Scottish Certificate of Education, 1963
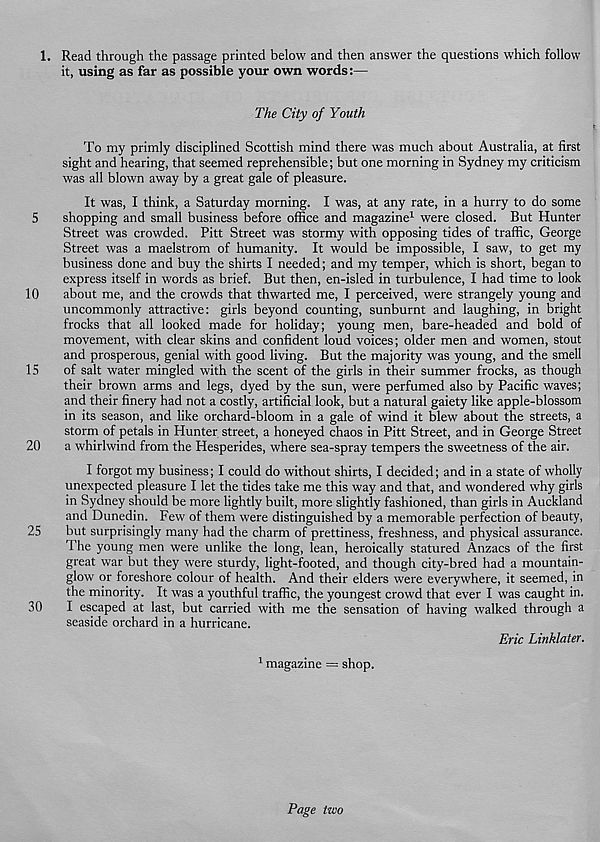
1. Read through the passage printed below and then answer the questions which follow
it, using as far as possible your own words:—
The City of Youth
To my primly disciplined Scottish mind there was much about Australia, at first
sight and hearing, that seemed reprehensible; but one morning in Sydney my criticism
was all blown away by a great gale of pleasure.
It was, I think, a Saturday morning. I was, at any rate, in a hurry to do some
5
shopping and small business before office and magazine 1 were closed. But Hunter
Street was crowded. Pitt Street was stormy with opposing tides of traffic, George
Street was a maelstrom of humanity. It would be impossible, I saw, to get my
business done and buy the shirts I needed; and my temper, which is short, began to
express itself in words as brief. But then, en-isled in turbulence, I had time to look
10
about me, and the crowds that thwarted me, I perceived, were strangely young and
uncommonly attractive: girls beyond counting, sunburnt and laughing, in bright
frocks that all looked made for holiday; young men, bare-headed and bold of
movement, with clear skins and confident loud voices; older men and women, stout
and prosperous, genial with good living. But the majority was young, and the smell
15
of salt water mingled with the scent of the girls in their summer frocks, as though
their brown arms and legs, dyed by the sun, were perfumed also by Pacific waves;
and their finery had not a costly, artificial look, but a natural gaiety like apple-blossom
in its season, and like orchard-bloom in a gale of wind it blew about the streets, a
storm of petals in Hunter street, a honeyed chaos in Pitt Street, and in George Street
20
a whirlwind from the Hesperides, where sea-spray tempers the sweetness of the air.
I forgot my business; I could do without shirts, I decided; and in a state of wholly
unexpected pleasure I let the tides take me this way and that, and wondered why girls
in Sydney should be more lightly built, more slightly fashioned, than girls in Auckland
and Dunedin. Few of them were distinguished by a memorable perfection of beauty,
25
but surprisingly many had the charm of prettiness, freshness, and physical assurance.
The young men were unlike the long, lean, heroically statured Anzacs of the first
great war but they were sturdy, light-footed, and though city-bred had a mountain-
glow or foreshore colour of health. And their elders were everywhere, it seemed, in
the minority. It was a youthful traffic, the youngest crowd that ever I was caught in.
30
I escaped at last, but carried with me the sensation of having walked through a
seaside orchard in a hurricane.
Eric Linklater.
1 magazine = shop.
Page two